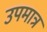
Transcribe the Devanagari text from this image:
उपमात्र